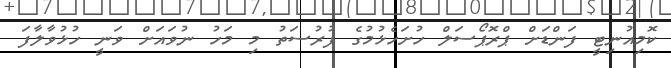
ކޮމިއުނިޓީ ފަންޑަށް ޕްރޮޕޯސަލް ހުށަހެޅުމުގެ ފުރުސަތު މި މަހު ނުވައަށް ވަނީ ހުޅުވާލާފަ